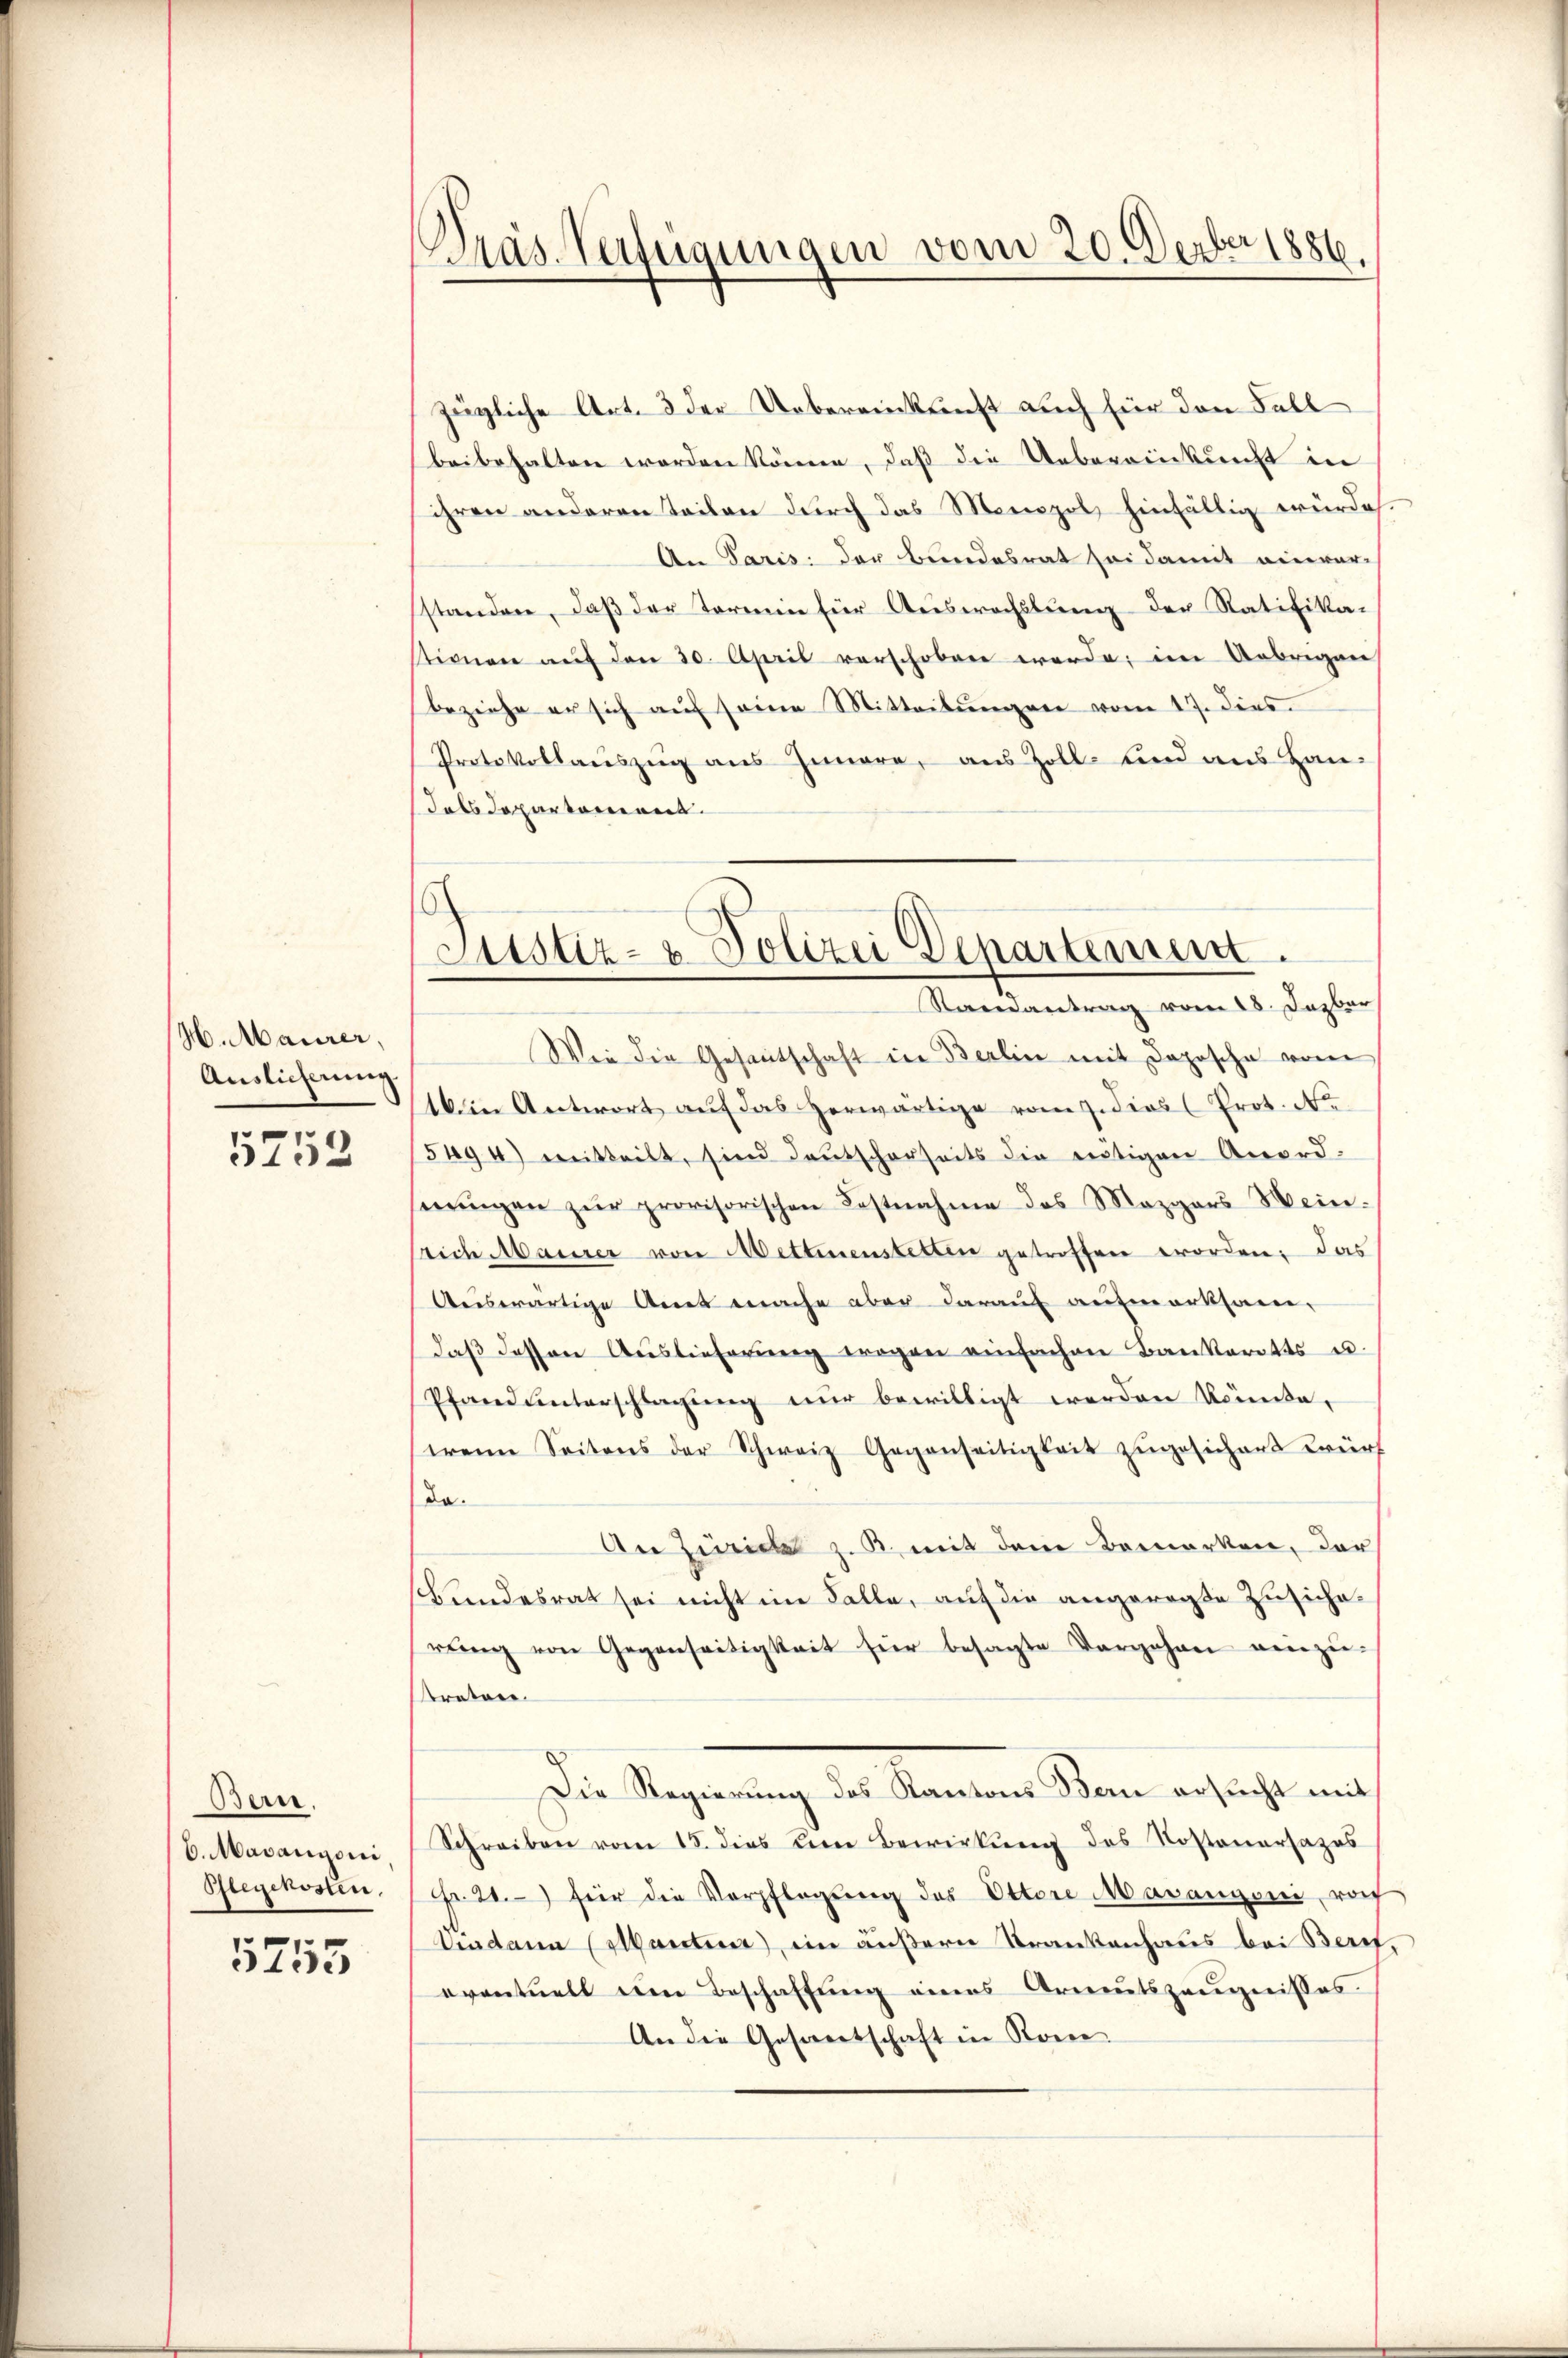
H. Maurer,
Auslieferung

5752

Bern.
6. Maranzoni
Glegekosten.

5755

Gras Verfügungen vom 20. Derber 1886.

Justiz- & Polizei Departement.
Raeantrag vom 18. Dazber

zügliche Art. 3 der Uebereinkunft auch für den Fall
beibehalten worden können, daß die Uebereinkunft in
ihren anderen Teilen durch das Monopol hinfällig würde.
An Paris der Bundesrat sei damit einwar-
standen, daß der Termin für Auswachslung der Ratifika-
tionen aŭf den 30. April verschoben werde, im Uebrigen
beziehe er sich aŭf seine Mitteilŭngen vom 17. dies
Protokollauszug aus Innere, aus Zoll- und aus Handals Departement.
Wie die Gesantschaft in Berlin mit Daposche vom
16. in Antwort auf das herwärtige vom 7. die Prot. N
5494) mitteilt, sind deutscherseits die nötigen Anord-
nŭngen zŭr provisorischen Festnahme des Mazgors Weinsrich Maurer von Mettmenstetten getroffen worden; das
Auswärtige Amt mache aber darauf aufmerksam-
daβ dessen Aŭslieferŭng wegen einfachen Bankartes u.
Pfand ŭnterschlagung nur bewilligt werden könnte,
erein Seitens der Schweiz Gegenseitigkeit zŭgesichert würd
da.
An Zürich z. B. mit dem Bemerken, der
Bundesrat sei nicht im Falle, auf die angeregte Zusicherŭng von Gegenseitigkeit für besagte Vorgehen einzŭ-
treten.
Die Regierung der Kanton Stand er sicht mit
Schreiben vom 15. dies eine Bewirkŭng des Kostenarsazos
Fr. 20. für die Verpflegung des Ottere Mavangoni, rof
Aadann (Manten), im äußern Krankenhaus bei Beret,
eventuell um Beschaffung eines Armutszeugnisses.
An die Gesamtschaft in Kom